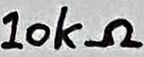
Text: 10kΩ